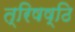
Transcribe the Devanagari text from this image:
त्रिषष्ठि